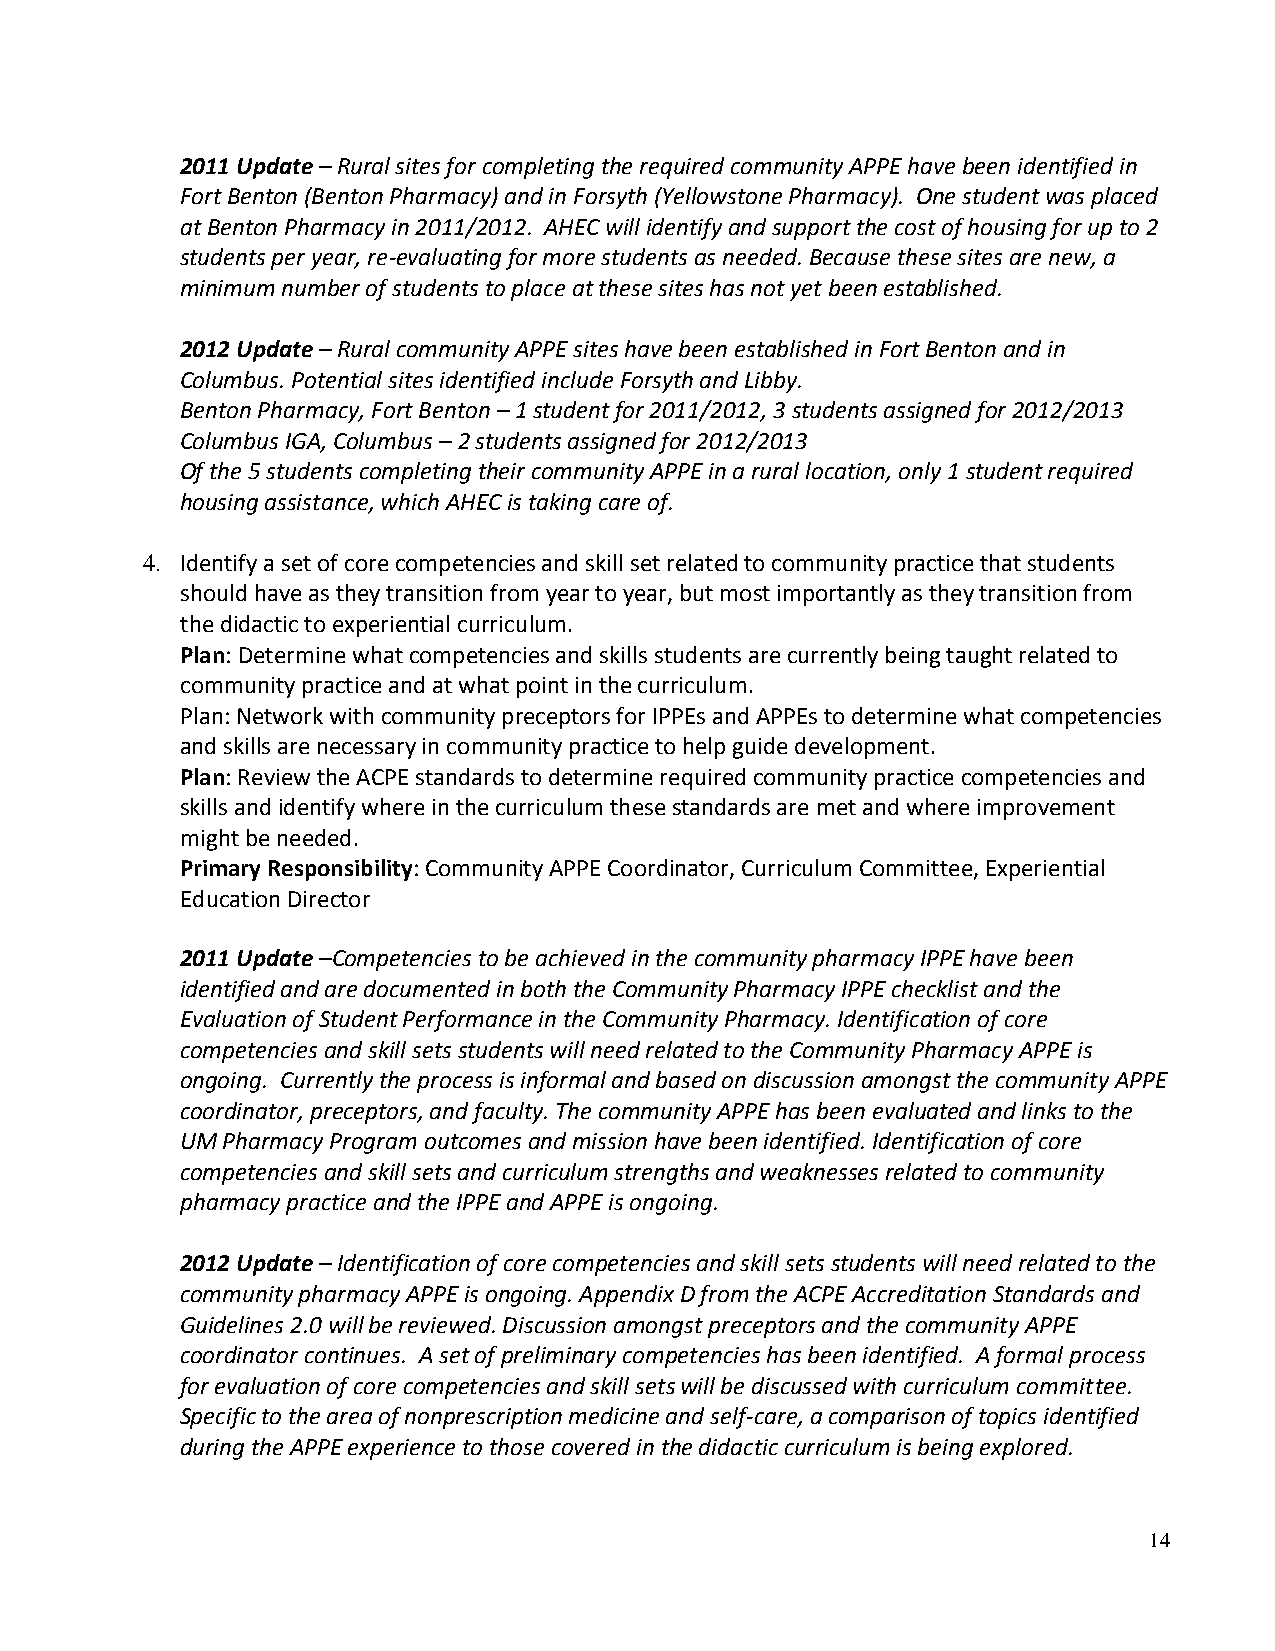
2011 Update – Rural sites for completing the required community APPE have been identified in
 Fort Benton (Benton Pharmacy) and in Forsyth (Yellowstone Pharmacy). One student was placed
 at Benton Pharmacy in 2011/2012. AHEC will identify and support the cost of housing for up to 2
 students per year, re-evaluating for more students as needed. Because these sites are new, a
 minimum number of students to place at these sites has not yet been established.
 2012 Update – Rural community APPE sites have been established in Fort Benton and in
 Columbus. Potential sites identified include Forsyth and Libby.
 Benton Pharmacy, Fort Benton – 1 student for 2011/2012, 3 students assigned for 2012/2013
 Columbus IGA, Columbus – 2 students assigned for 2012/2013
 Of the 5 students completing their community APPE in a rural location, only 1 student required
 housing assistance, which AHEC is taking care of.
 4. Identify a set of core competencies and skill set related to community practice that students
 should have as they transition from year to year, but most importantly as they transition from
 the didactic to experiential curriculum.
 Plan: Determine what competencies and skills students are currently being taught related to
 community practice and at what point in the curriculum.
 Plan: Network with community preceptors for IPPEs and APPEs to determine what competencies
 and skills are necessary in community practice to help guide development.
 Plan: Review the ACPE standards to determine required community practice competencies and
 skills and identify where in the curriculum these standards are met and where improvement
 might be needed.
 Primary Responsibility: Community APPE Coordinator, Curriculum Committee, Experiential
 Education Director
 2011 Update –Competencies to be achieved in the community pharmacy IPPE have been
 identified and are documented in both the Community Pharmacy IPPE checklist and the
 Evaluation of Student Performance in the Community Pharmacy. Identification of core
 competencies and skill sets students will need related to the Community Pharmacy APPE is
 ongoing. Currently the process is informal and based on discussion amongst the community APPE
 coordinator, preceptors, and faculty. The community APPE has been evaluated and links to the
 UM Pharmacy Program outcomes and mission have been identified. Identification of core
 competencies and skill sets and curriculum strengths and weaknesses related to community
 pharmacy practice and the IPPE and APPE is ongoing.
 2012 Update – Identification of core competencies and skill sets students will need related to the
 community pharmacy APPE is ongoing. Appendix D from the ACPE Accreditation Standards and
 Guidelines 2.0 will be reviewed. Discussion amongst preceptors and the community APPE
 coordinator continues. A set of preliminary competencies has been identified. A formal process
 for evaluation of core competencies and skill sets will be discussed with curriculum committee.
 Specific to the area of nonprescription medicine and self-care, a comparison of topics identified
 during the APPE experience to those covered in the didactic curriculum is being explored.
 14